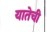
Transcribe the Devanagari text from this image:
यातेची